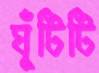
ঘুঁটিটি